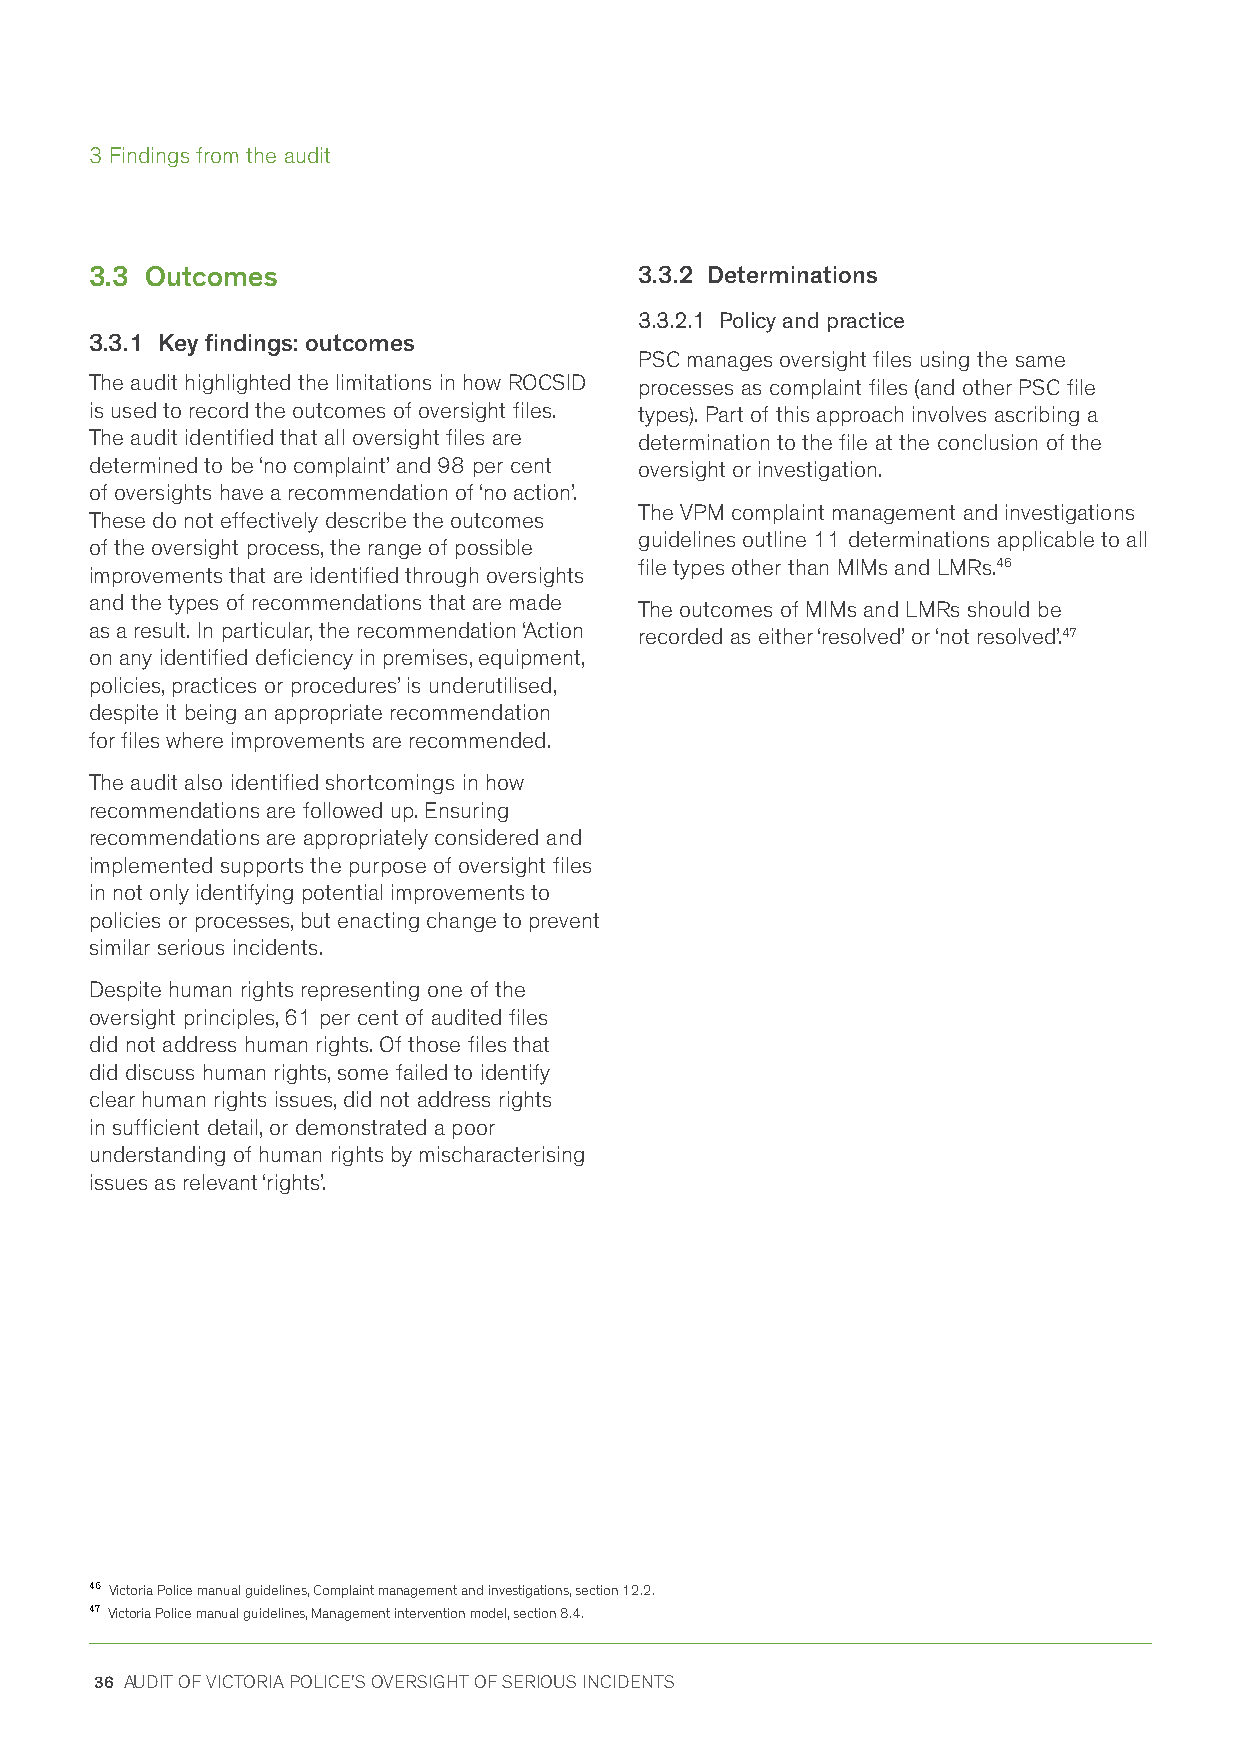
3 Findings from the audit
 3.3 Outcomes                        3.3.2 Determinations
 3.3.2.1 Policy and practice
 3.3.1 Key findings: outcomes
 PSC manages oversight files using the same
 The audit highlighted the limitations in how ROCSID processes as complaint files (and other PSC file
 is used to record the outcomes of oversight files. types). Part of this approach involves ascribing a
 The audit identified that all oversight files are determination to the file at the conclusion of the
 determined to be ‘no complaint’ and 98 per cent oversight or investigation.
 of oversights have a recommendation of ‘no action’.
 The VPM complaint management and investigations
 These do not effectively describe the outcomes
 guidelines outline 11 determinations applicable to all
 of the oversight process, the range of possible
 file types other than MIMs and LMRs.46
 improvements that are identified through oversights
 and the types of recommendations that are made
 The outcomes of MIMs and LMRs should be
 as a result. In particular, the recommendation ‘Action recorded as either ‘resolved’ or ‘not resolved’.47
 on any identified deficiency in premises, equipment,
 policies, practices or procedures’ is underutilised,
 despite it being an appropriate recommendation
 for files where improvements are recommended.
 The audit also identified shortcomings in how
 recommendations are followed up. Ensuring
 recommendations are appropriately considered and
 implemented supports the purpose of oversight files
 in not only identifying potential improvements to
 policies or processes, but enacting change to prevent
 similar serious incidents.
 Despite human rights representing one of the
 oversight principles, 61 per cent of audited files
 did not address human rights. Of those files that
 did discuss human rights, some failed to identify
 clear human rights issues, did not address rights
 in sufficient detail, or demonstrated a poor
 understanding of human rights by mischaracterising
 issues as relevant ‘rights’.
 46 Victoria Police manual guidelines, Complaint management and investigations, section 12.2.
 47 Victoria Police manual guidelines, Management intervention model, section 8.4.
 36 AUDIT OF VICTORIA POLICE'S OVERSIGHT OF SERIOUS INCIDENTS